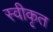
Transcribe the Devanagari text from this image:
स्वीकृत